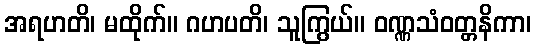
အရဟတိ၊ မထိုက်။ ဂဟပတိ၊ သူကြွယ်။ ဝဏ္ဏသံဝတ္တနိကာ၊